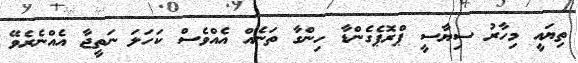
ތިޔައީ މިހާރު ސިޔާސީ ޕްރޮޕެގެންޑާ ހިންގާ ތަނެއް އެއްވެސް ކަހަލަ ނަތީޖާ އެއްނެރެވޭ